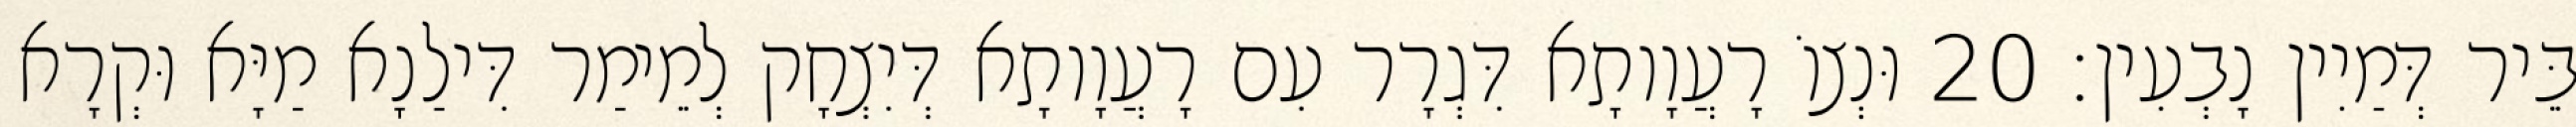
בֵּיר דְּמַיִין נָבְעִין׃ 20 וּנְצוֹ רָעֲוָותָא דִּגְרָר עִם רָעֲוָותָא דְּיִצְחָק לְמֵימַר דִּילַנָא מַיָּא וּקְרָא